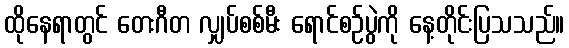
ထိုနေရာတွင် တေးဂီတ လျှပ်စစ်မီး ရောင်စဉ်ပွဲကို နေ့တိုင်းပြသသည်။